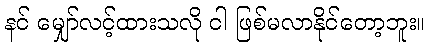
နင် မျှော်လင့်ထားသလို ငါ ဖြစ်မလာနိုင်တော့ဘူး။